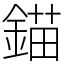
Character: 錨